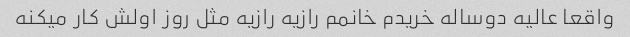
واقعا عالیه دوساله خریدم خانمم رازیه رازیه مثل روز اولش کار میکنه